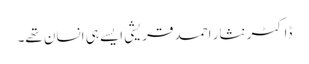
ڈاکٹر نثار احمد قریشی ایسے ہی انسان تھے۔